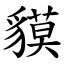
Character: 貘